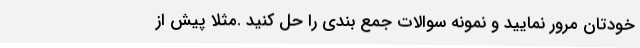
خودتان مرور نمایید و نمونه سوالات جمع بندی را حل کنید .مثلاً پیش از